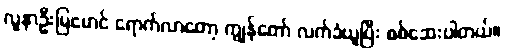
လူနာဦးမြမောင် ရောက်လာတော့ ကျွန်တော် လက်ခံယူပြီး စစ်ဆေးပါတယ်။